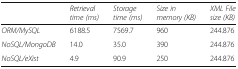
<table><thead><tr><td></td><td><b><i>Retrieval time (ms)</i></b></td><td><b><i>Storage time (ms)</i></b></td><td><b><i>Size in memory (KB)</i></b></td><td><b><i>XML File size (KB)</i></b></td></tr></thead><tbody><tr><td><i>ORM/MySQL</i></td><td>6188.5</td><td>7569.7</td><td>960</td><td>244.876</td></tr><tr><td><i>NoSQL/MongoDB</i></td><td>14.0</td><td>35.0</td><td>390</td><td>244.876</td></tr><tr><td><i>NoSQL/eXist</i></td><td>4.9</td><td>90.9</td><td>250</td><td>244.876</td></tr></tbody></table>